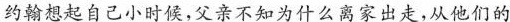
约翰想起自己小时候，父亲不知为什么离家出走，从他们的